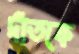
দাঁতকে